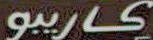
كاريبو